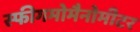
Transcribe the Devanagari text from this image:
स्फीगमोमैनोमीटर